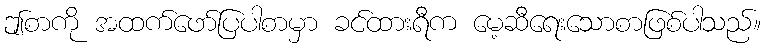
ဤစာကို အထက်ဖော်ပြပါစာမှာ ခင်ထားရီက မေ့ဆီရေးသောစာဖြစ်ပါသည်။